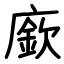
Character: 廞